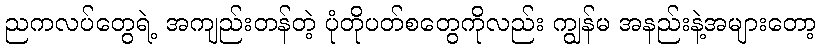
ညကလပ်တွေရဲ့ အကျည်းတန်တဲ့ ပုံတိုပတ်စတွေကိုလည်း ကျွန်မ အနည်းနဲ့အများတော့